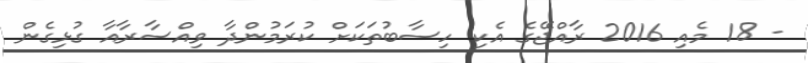
- 18 މެއި 2016 ރާއްޖޭގެ އެކި ހިސާބުތަކަށް ކުރަމުންދާ ވިއްސާރާއާ ގުޅިގެން